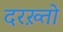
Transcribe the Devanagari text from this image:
दरख़्तो